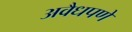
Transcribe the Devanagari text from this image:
अवैधपणे